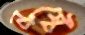
নষ্টে